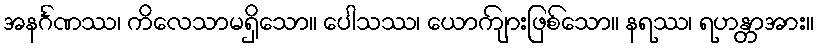
အနင်္ဂဏဿ၊ ကိလေသာမရှိသော။ ပေါသဿ၊ ယောကျ်ားဖြစ်သော။ နရဿ၊ ရဟန္တာအား။